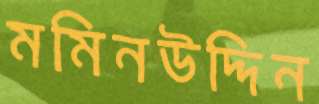
মমিনউদ্দিন